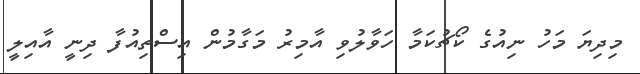
މިދިޔަ މަހު ނިއުގެ ކޯޗުކަމާ ހަވާލުވި އާމިރު މަގާމުން އިސްތިއުފާ ދިނީ އާއިލީ